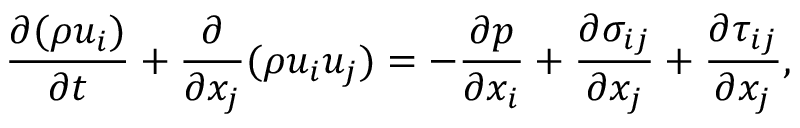
\frac { { \partial ( \rho { u _ { i } } ) } } { { \partial t } } + \frac { \partial } { { \partial { x _ { j } } } } ( \rho { u _ { i } } { u _ { j } } ) = - \frac { { \partial p } } { { \partial { x _ { i } } } } + \frac { { \partial { \sigma _ { i j } } } } { { \partial { x _ { j } } } } + \frac { { \partial { \tau _ { i j } } } } { { \partial { x _ { j } } } } ,